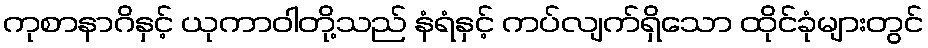
ကုစာနာဂိနှင့် ယုကာဝါတို့သည် နံရံနှင့် ကပ်လျက်ရှိသော ထိုင်ခုံများတွင်